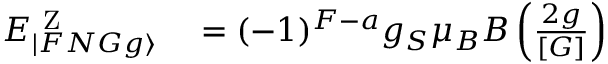
\begin{array} { r l } { E _ { | F N G g \rangle } ^ { \mathrm { ~ Z ~ } } } & { { } = ( - 1 ) ^ { F - a } g _ { S } \mu _ { B } B \left( \frac { 2 g } { [ G ] } \right) } \end{array}